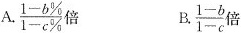
A.\frac{1-b \%}{1-c \%}倍 B. \frac{1-b}{1-c}倍